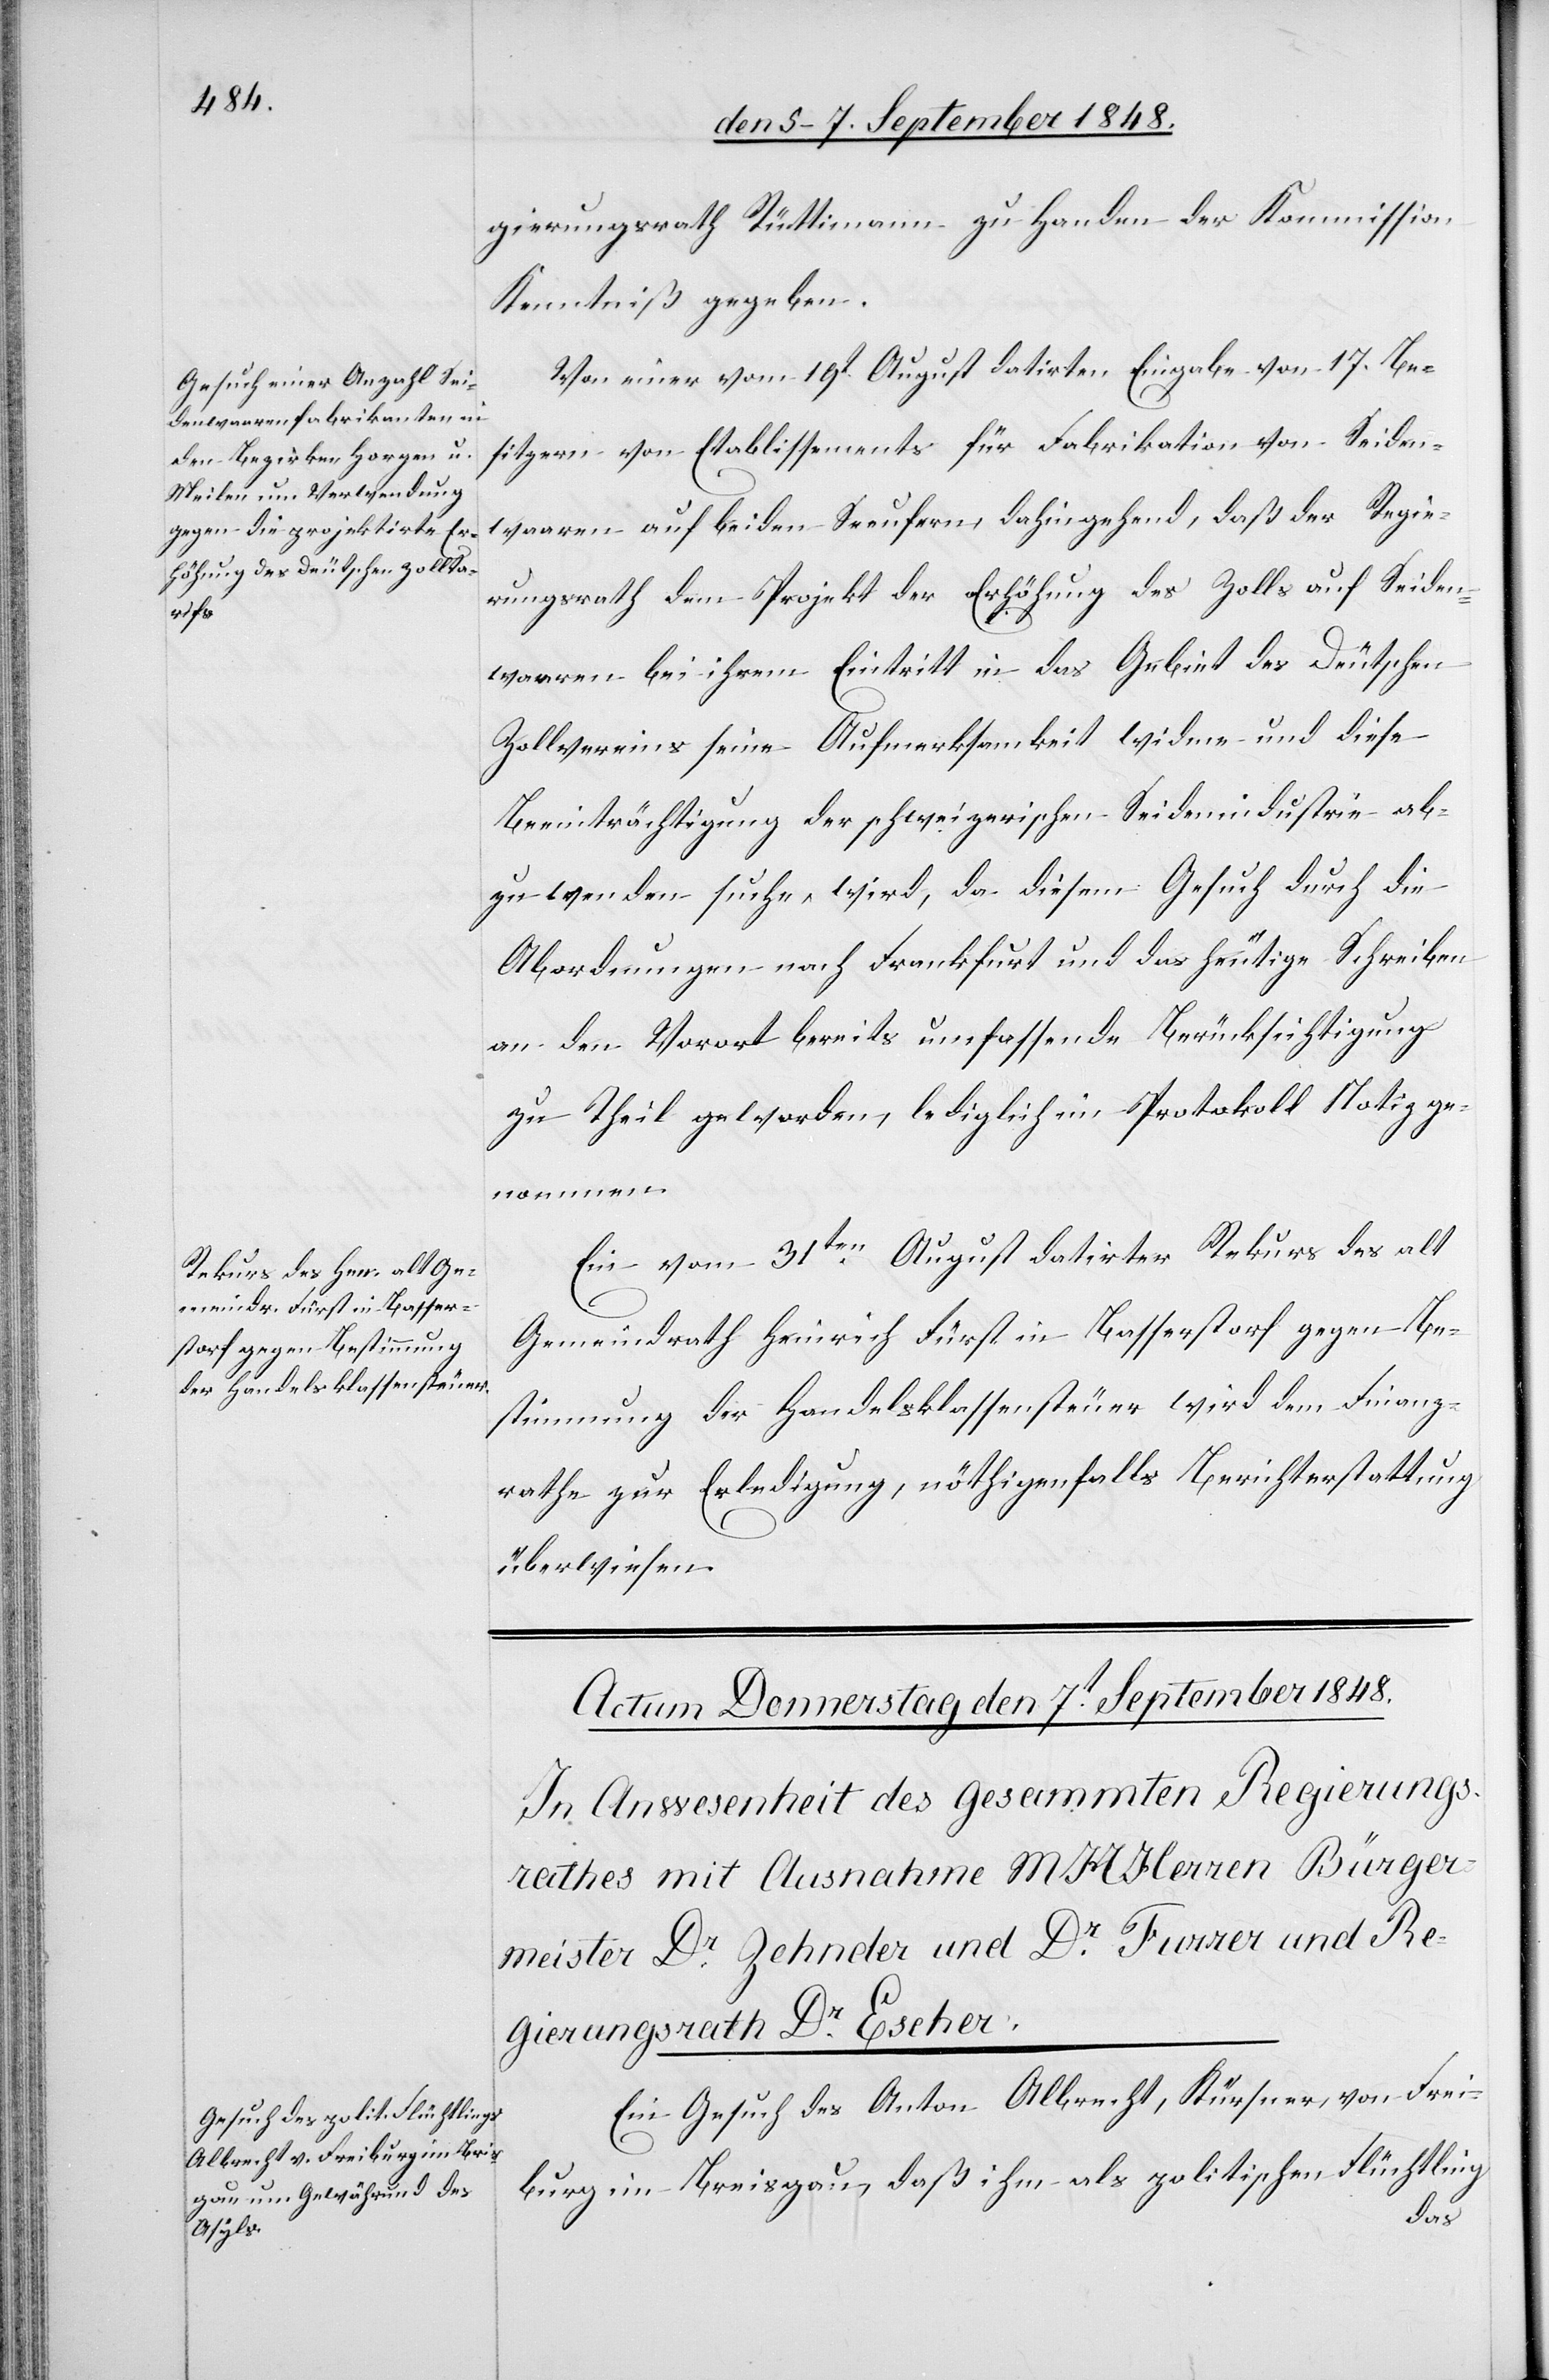
gierungsrath Rüttimann zu Handen der Kommission
Kenntniß gegeben.
Von einer vom 19t August datirten Eingabe von 17. Be¬
sitzern von Etablissements für Fabrikation von Seiden¬
waaren auf beiden Seeufern, dahingehend, daß der Regie¬
rungsrath dem Projekt der Erhöhung des Zolls auf Seiden¬
waaren bei ihrem Eintritt in das Gebiet des Deutschen
Zollvereins seine Aufmerksamkeit widme und diese
Beeinträchtigung der schweizerischen Seidenindustrie ab¬
zuwenden suche, wird, da diesem Gesuch durch die
Abordnungen nach Frankfurt und das heutige Schreiben
an den Vorort bereits umfassende Berücksichtigung
zu Theil geworden, lediglich im Protokoll Notiz ge¬
nommen.
Ein vom 31ten August datirter Rekurs des alt
Gemeindrath Heinrich Fürst in Basserstorf gegen Be¬
stimmung der Handelsklassensteuer wird dem Finanz¬
rathe zur Erledigung, nöthigenfalls Berichterstattung
überwiesen.
Ein Gesuch des Anton Albrecht, Kürsner, von Frei¬
burg im Breisgau, daß ihm als politischen Flüchtling